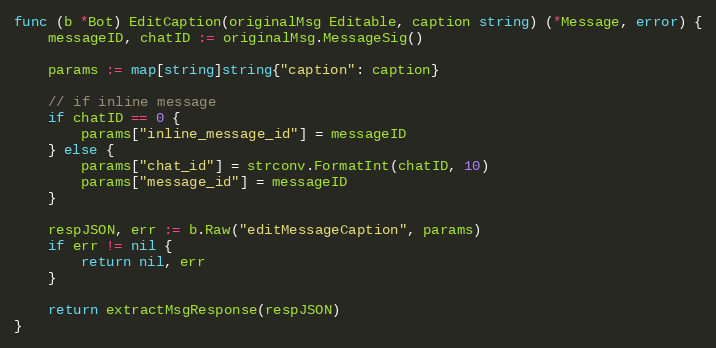
Language: Go
func (b *Bot) EditCaption(originalMsg Editable, caption string) (*Message, error) {
	messageID, chatID := originalMsg.MessageSig()

	params := map[string]string{"caption": caption}

	// if inline message
	if chatID == 0 {
		params["inline_message_id"] = messageID
	} else {
		params["chat_id"] = strconv.FormatInt(chatID, 10)
		params["message_id"] = messageID
	}

	respJSON, err := b.Raw("editMessageCaption", params)
	if err != nil {
		return nil, err
	}

	return extractMsgResponse(respJSON)
}